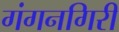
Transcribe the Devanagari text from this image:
गंगनगिरी